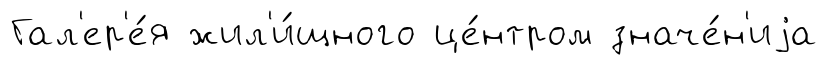
Гал'ер'е́я жил'и́щного це́нтром значе́н'иjа